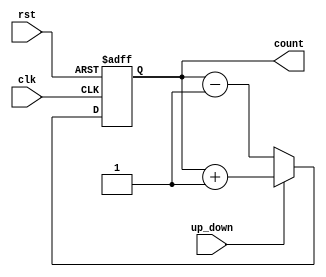
module UpDownCounter (
    input wire clk,
    input wire rst,
    input wire up_down,
    output reg [7:0] count
);

always @(posedge clk or posedge rst) begin
    if (rst) begin
        count <= 8'h00;
    end else begin
        if (up_down) begin
            count <= count + 1;
        end else begin
            count <= count - 1;
        end
    end
end

endmodule